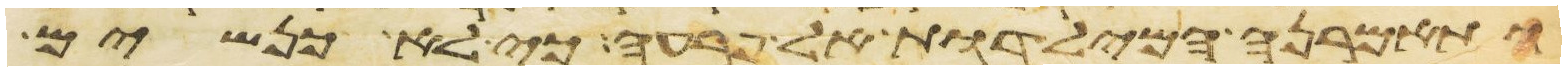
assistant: ותאמרנה המילדות אל פרעה כי לא כנשים